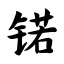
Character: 锘